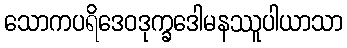
သောကပရိဒေဝဒုက္ခဒေါမနဿူပါယာသာ